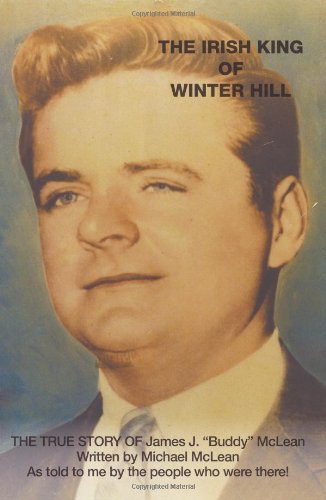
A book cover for The Irish King of Winter Hill: The True Story of James J. Buddy McLean; Michael McLean; Biographies & Memoirs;